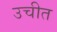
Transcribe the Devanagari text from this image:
उचीत